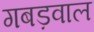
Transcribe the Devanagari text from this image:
गबड़वाल